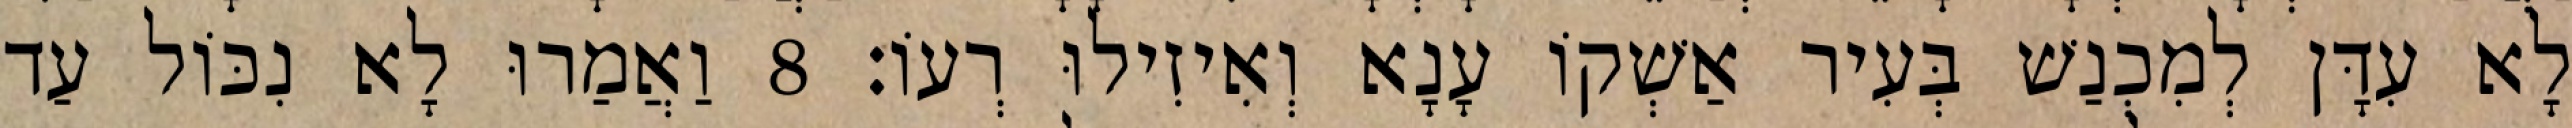
לָא עִדָּן לְמִכְנַשׁ בְּעִיר אַשְׁקוֹ עָנָא וְאִיזִילוּ רְעוֹ׃ 8 וַאֲמַרוּ לָא נִכּוֹל עַד